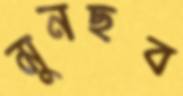
মুনছব